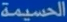
الحسيمة